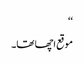
‘‘
موقع اچھا تھا۔